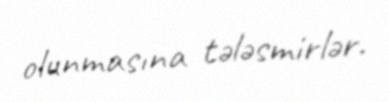
olunmasına tələsmirlər.